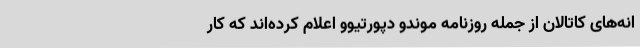
انه‌های کاتالان از جمله روزنامه موندو دپورتیوو اعلام کرده‌اند که کار